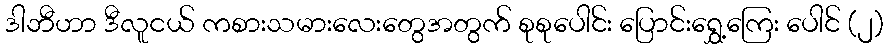
ဒါဘီဟာ ဒီလူငယ် ကစားသမားလေးတွေအတွက် စုစုပေါင်း ပြောင်းရွှေ့ကြေး ပေါင် (၂)